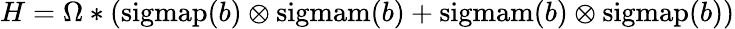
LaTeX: H=\Omega*(\operatorname{sigmap}(b)\otimes\operatorname{sigmam}(b)+\operatorname{sigmam}(b)\otimes\operatorname{sigmap}(b))